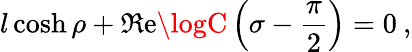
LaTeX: l\cosh\rho+\Re\mathrm{e}\logC\left(\sigma-\displaystyle\frac{{\pi}}{{2}}\right)=0\: ,